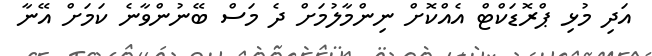
އަދި މުޅި ޕްރޮޑަކްޓް އެއްކޮށް ނިންމާލުމަށް ދެ މަސް ބޭނުންވާނެ ކަމަށް އޭނާ